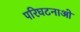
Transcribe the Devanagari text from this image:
परिघटनाओ